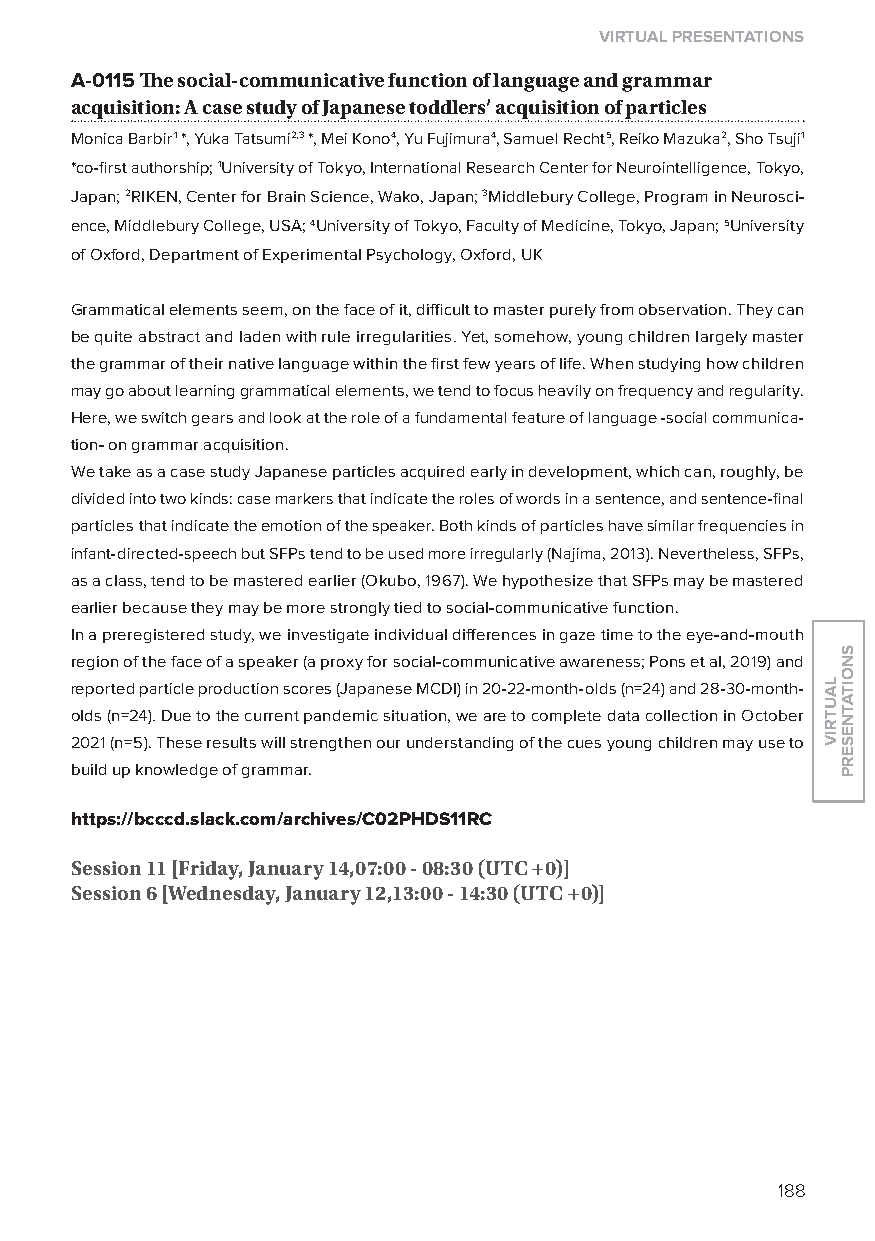
virtual presentations
 A-0115 The social-communicative function of language and grammar
 acquisition: a case study of Japanese toddlers’ acquisition of particles
 Monica Barbir1 *, yuka Tatsumi2,3 *, Mei Kono4, yu Fujimura4, Samuel Recht5, Reiko Mazuka2, Sho Tsuji1
 *co-first authorship; 1University of Tokyo, International Research Center for Neurointelligence, Tokyo,
 Japan; 2RIKEN, Center for Brain Science, Wako, Japan; 3Middlebury College, Program in Neurosci-
 ence, Middlebury College, USA; 4University of Tokyo, Faculty of Medicine, Tokyo, Japan; 5University
 of oxford, Department of Experimental Psychology, oxford, UK
 Grammatical elements seem, on the face of it, difficult to master purely from observation. They can
 be quite abstract and laden with rule irregularities. yet, somehow, young children largely master
 the grammar of their native language within the first few years of life. When studying how children
 may go about learning grammatical elements, we tend to focus heavily on frequency and regularity.
 Here, we switch gears and look at the role of a fundamental feature of language -social communica-
 tion- on grammar acquisition.
 We take as a case study Japanese particles acquired early in development, which can, roughly, be
 divided into two kinds: case markers that indicate the roles of words in a sentence, and sentence-final
 particles that indicate the emotion of the speaker. Both kinds of particles have similar frequencies in
 infant-directed-speech but SFPs tend to be used more irregularly (Najima, 2013). Nevertheless, SFPs,
 as a class, tend to be mastered earlier (okubo, 1967). We hypothesize that SFPs may be mastered
 earlier because they may be more strongly tied to social-communicative function.
 In a preregistered study, we investigate individual differences in gaze time to the eye-and-mouth
 region of the face of a speaker (a proxy for social-communicative awareness; Pons et al, 2019) and
 reported particle production scores (Japanese MCDI) in 20-22-month-olds (n=24) and 28-30-month-
 olds (n=24). Due to the current pandemic situation, we are to complete data collection in october
 2021 (n=5). These results will strengthen our understanding of the cues young children may use to
 build up knowledge of grammar.
 https://bcccd.slack.com/archives/C02phds11rC
 session 11 [friday, January 14,07:00 - 08:30 (utC +0)]
 session 6 [Wednesday, January 12,13:00 - 14:30 (utC +0)]
 188
 lautriv
 snoitatneserp